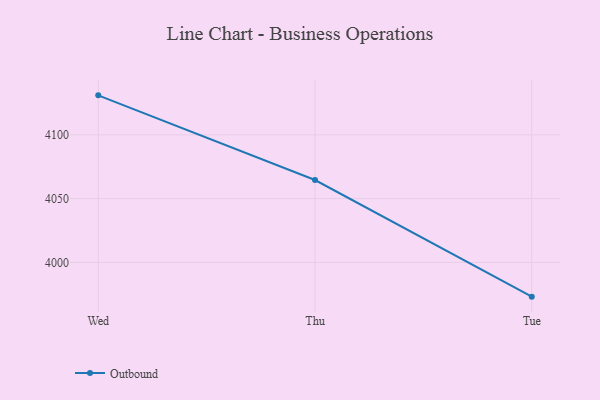
{"axis": {"x": "Day", "y": "Bounce Rate (%)"}, "legend": ["Outbound"], "data": [{"x": "Wed", "y": 4131.0, "type": "Outbound"}, {"x": "Thu", "y": 4064.6, "type": "Outbound"}, {"x": "Tue", "y": 3973.1, "type": "Outbound"}]}